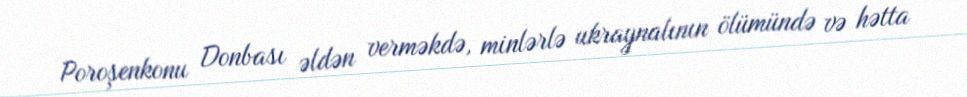
Poroşenkonu Donbası əldən verməkdə, minlərlə ukraynalının ölümündə və hətta